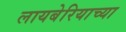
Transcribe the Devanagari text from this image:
लायबेरियाच्या